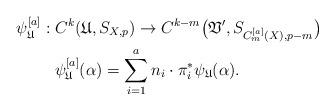
LaTeX: \begin{align*}\psi_{\mathfrak{U}}^{[a]}: \;&C^{k}(\mathfrak{U}, S_{X,p}) \rightarrow C^{k-m}\bigl(\mathfrak{V}', S_{C_{m}^{[a]}(X),p-m}\bigr) \\& \psi_{\mathfrak{U}}^{[a]}(\alpha) = \sum_{i=1}^{a} n_{i} \cdot \pi_{i}^{*}\psi_{\mathfrak{U}}(\alpha).\end{align*}